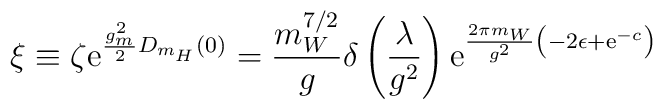
\xi\equiv\zeta{\rm e}^{\frac{g_m^2}{2}D_{m_H}(0)}=\frac{m_W^{7/2}}{g}\delta\left(\frac{\lambda}{g^2}\right){\rm e}^{\frac{2\pi m_W}{g^2}\left(-2\epsilon+{\rm e}^{-c}\right)}